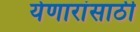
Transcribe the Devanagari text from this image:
येणारांसाठी